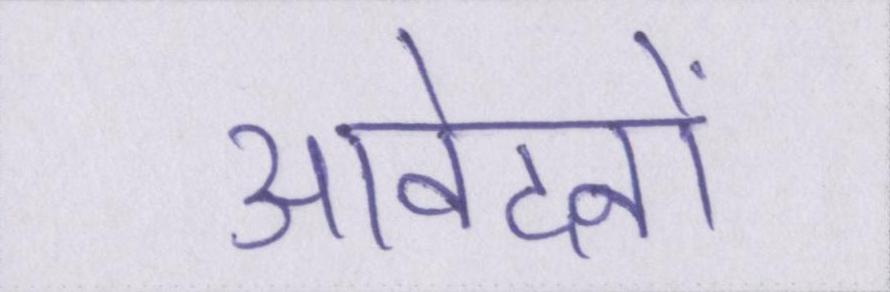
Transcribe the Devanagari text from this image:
आवेदनों